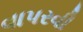
વાપરવી